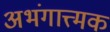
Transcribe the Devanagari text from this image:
अभंगात्त्मक